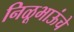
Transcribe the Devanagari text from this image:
निळूभाऊंचे